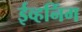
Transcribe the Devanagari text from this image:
ईव्हनिंग